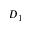
D _ { 1 }